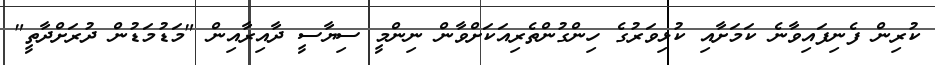
ކުރިން ފެނިފައިވާނެ ކަމަށާއި ކުޅިވަރުގެ ހިންގުންތެރިއަކަށްވާން ނިންމީ ސިޔާސީ ދާއިރާއިން "މަޑުމަޑުން ދުރަށްދާތީ"